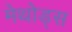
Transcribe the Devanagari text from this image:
मेथोड्स